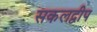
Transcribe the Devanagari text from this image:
सकलद्वीप